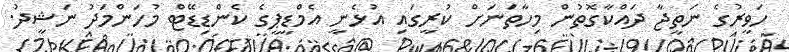
ހަވީރުގެ ނަތީޖާ ދައްކާގޮތުން މިހާތަނަށް ކުރީގައި އުޅެނީ އެމްޑީޕީގެ ކެންޑިޑޭޓް މުހަންމަދު ނަޝީދު.